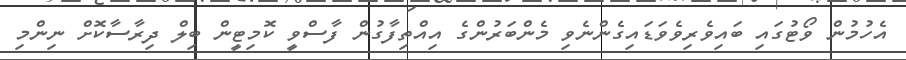
އެހުމުން ވޯޓުގައި ބައިވެެރިވެވަޑައިގެންނެވި މެންބަރުންގެ އިއްތިފާގުން ފާސްވީ ކޮމިޓީން ބިލް ދިރާސާކޮށް ނިންމި